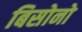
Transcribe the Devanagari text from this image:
बिसोनो